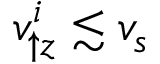
v _ { \uparrow z } ^ { i } \lesssim v _ { s }